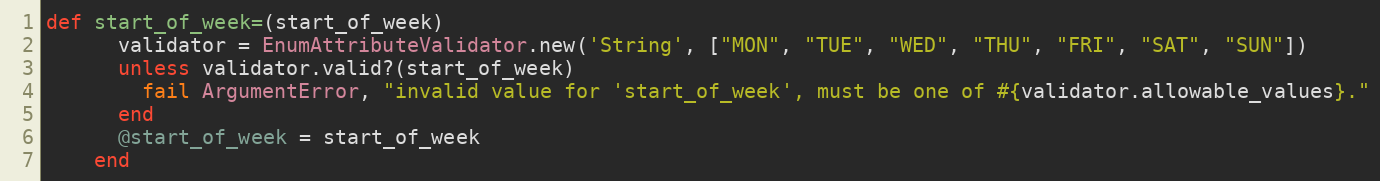
Language: Ruby
def start_of_week=(start_of_week)
      validator = EnumAttributeValidator.new('String', ["MON", "TUE", "WED", "THU", "FRI", "SAT", "SUN"])
      unless validator.valid?(start_of_week)
        fail ArgumentError, "invalid value for 'start_of_week', must be one of #{validator.allowable_values}."
      end
      @start_of_week = start_of_week
    end